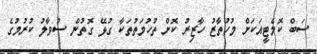
ސަބް ކޮމެޓީއަކަށް މުހުތާޒު ހާޒިރު ކޮށް ތުހުމަތުތަކާ ގުޅޭ ގޮތުން ސުވާލު ކުރުމުގެ